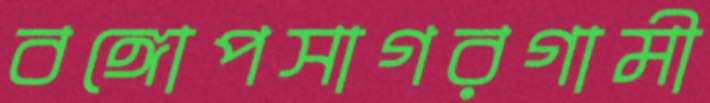
বঙ্গোপসাগরগামী